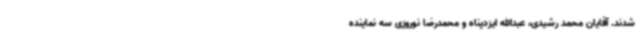
شدند. آقایان محمد رشیدی، عبدالله ایزدپناه و محمدرضا نوروزی سه نماینده